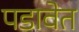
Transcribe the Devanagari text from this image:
पडावेत